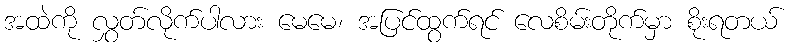
အထဲကို လွှတ်လိုက်ပါလား မေမေ၊ အပြင်ထွက်ရင် လေစိမ်းတိုက်မှာ စိုးရတယ်